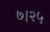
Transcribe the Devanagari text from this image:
७।२५